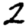
Digit: 2